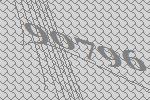
90796